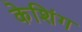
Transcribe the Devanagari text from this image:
केशिंग